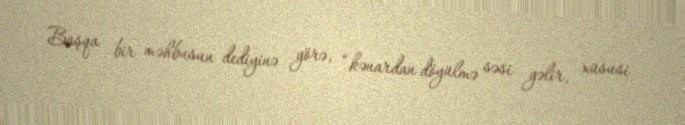
Başqa bir məhbusun dediyinə görə, “kənardan döyülmə səsi gəlir, xüsusi